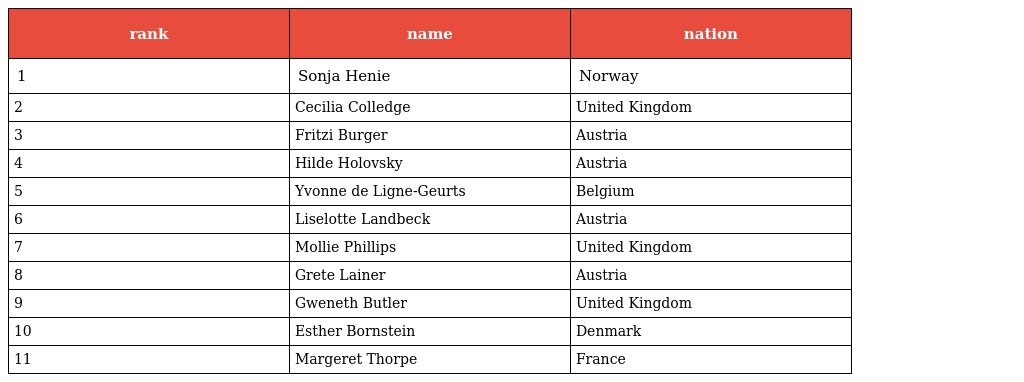
| rank | name | nation |
 | --- | --- | --- |
 | 1 | Sonja Henie | Norway |
 | 2 | Cecilia Colledge | United Kingdom |
 | 3 | Fritzi Burger | Austria |
 | 4 | Hilde Holovsky | Austria |
 | 5 | Yvonne de Ligne-Geurts | Belgium |
 | 6 | Liselotte Landbeck | Austria |
 | 7 | Mollie Phillips | United Kingdom |
 | 8 | Grete Lainer | Austria |
 | 9 | Gweneth Butler | United Kingdom |
 | 10 | Esther Bornstein | Denmark |
 | 11 | Margeret Thorpe | France |